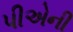
પીએની